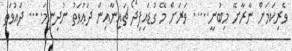
ވެރިކަމަށް ނާރާށޭ މިބުނީ..... ވަރަށް މޭ ގުޑައިފިދޯ ޗައިނާއިން ދަޢުވަތު ނުދިނީމަ.... ދައުވަތު